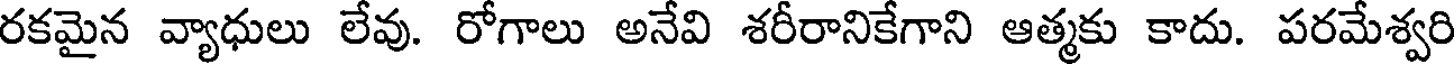
రకమైన వ్యాధులు లేవు. రోగాలు అనేవి శరీరానికేగాని ఆత్మకు కాదు. పరమేశ్వరి